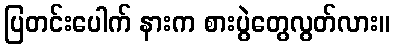
ပြတင်းပေါက် နားက စားပွဲတွေလွတ်လား။